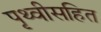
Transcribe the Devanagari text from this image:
पृथ्वीसहित